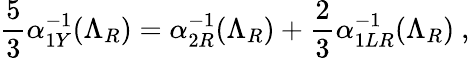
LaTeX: \frac{5}{3}\alpha_{1Y}^{-1}(\Lambda_{R})=\alpha_{2R}^{-1}(\Lambda_{R})+\frac{2}{3}\alpha_{1LR}^{-1}(\Lambda_{R})\ ,